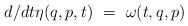
LaTeX: \begin{align*}{d}/{dt} \eta (q,p,t) \ = \ \omega (t,q,p)\end{align*}